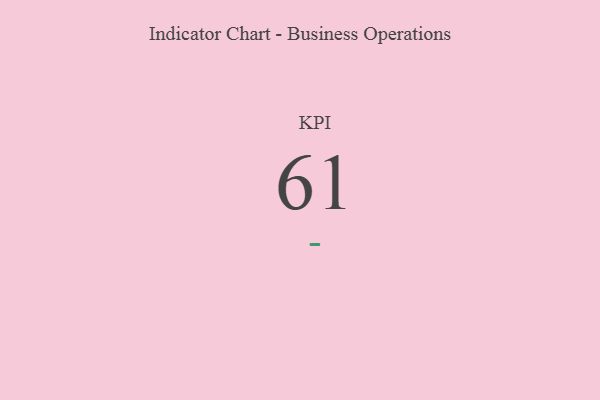
{"axis": {"x": "KPI", "y": "Value"}, "legend": [""], "data": [{"x": "KPI", "y": 61, "type": ""}]}